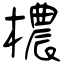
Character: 檂